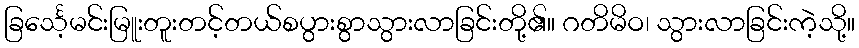
ခြင်္သေ့မင်းမြူးတူးတင့်တယ်စပွားစွာသွားလာခြင်းတို့၏။ ဂတိမိဝ၊ သွားလာခြင်းကဲ့သို့။